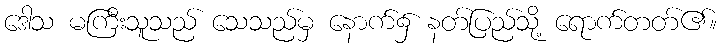
ဒေါသ မကြီးသူသည် သေသည်မှ နောက်၌ နတ်ပြည်သို့ ရောက်တတ်၏။